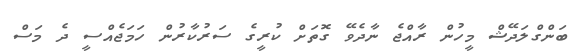
ބަންގްލަދޭޝް މީހުން ރާއްޖެ ނާދެވޭ ގޮތަށް ކުރީގެ ސަރުކާރުން ހަމަޖެއްސީ ދެ މަސް